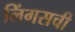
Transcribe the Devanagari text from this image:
लिंगसची